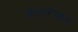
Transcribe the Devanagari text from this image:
कालरेयान